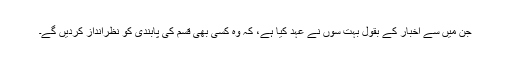
جن میں سے اخبار کے بقول بُہت سوں نے عہد کیا ہے، کہ وُہ کسی بھی قسم کی پابندی کو نظرانداز کردیں گے۔